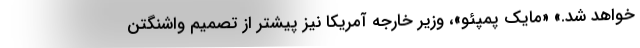
خواهد شد.» «مایک پمپئو»، وزیر خارجه آمریکا نیز پیشتر از تصمیم واشنگتن